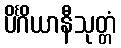
ပိင်္ဂိယာနီသုတ္တံ